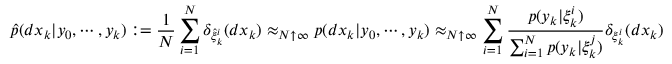
{ \widehat { p } } ( d x _ { k } | y _ { 0 } , \cdots , y _ { k } ) : = { \frac { 1 } { N } } \sum _ { i = 1 } ^ { N } \delta _ { { \widehat { \xi } } _ { k } ^ { i } } ( d x _ { k } ) \approx _ { N \uparrow \infty } p ( d x _ { k } | y _ { 0 } , \cdots , y _ { k } ) \approx _ { N \uparrow \infty } \sum _ { i = 1 } ^ { N } { \frac { p ( y _ { k } | \xi _ { k } ^ { i } ) } { \sum _ { i = 1 } ^ { N } p ( y _ { k } | \xi _ { k } ^ { j } ) } } \delta _ { \xi _ { k } ^ { i } } ( d x _ { k } )